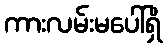
ကားလမ်းမပေါ်ရှိ